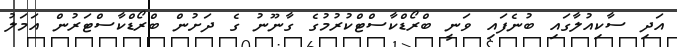
އަދި ސާކިއުލާގައި ބުނެފައި ވަނީ ބްރޯޑްކާސްޓްކުރުމުގެ ގާނޫނު ގެ ދަށުން ބްރޯޑްކާސްޓަރުން އަމަލު